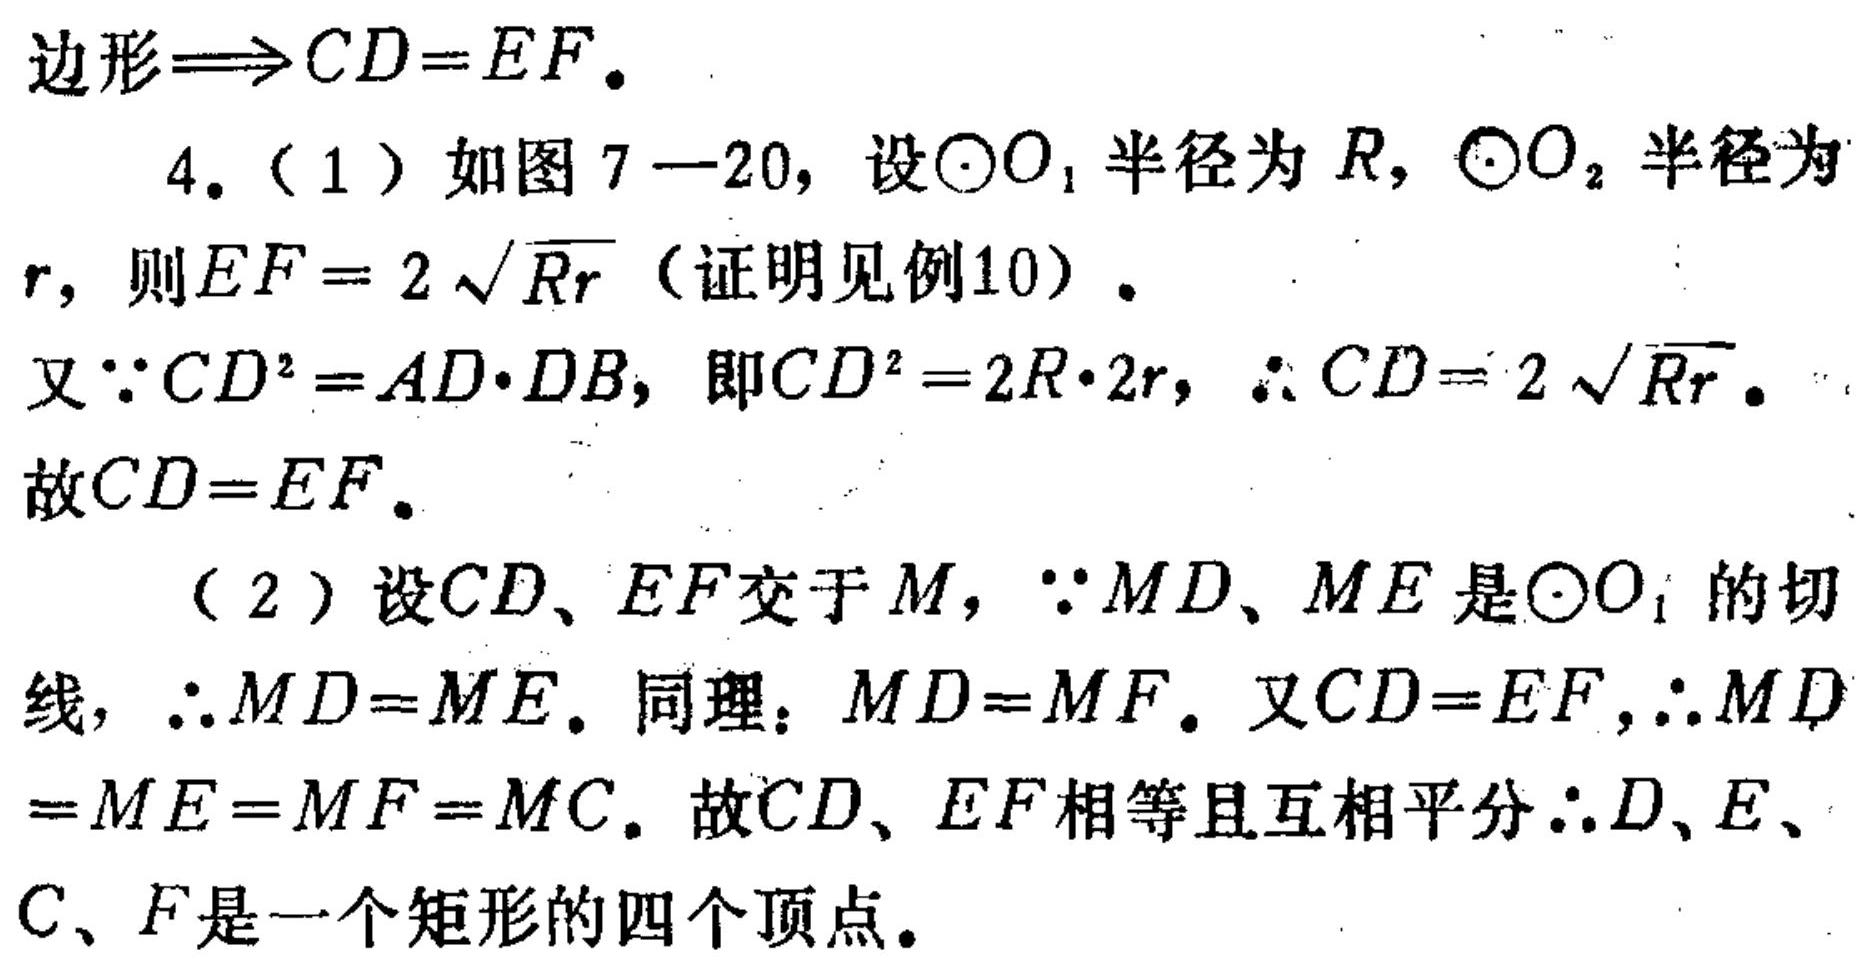
边形$\Longrightarrow CD = EF$.
4. (1) 如图7 - 20，设$\odot O_{1}$半径为$R$，$\odot O_{2}$半径为$r$，则$EF = 2\sqrt{Rr}$（证明见例10）.
又$\because CD^{2}=AD\cdot DB$，即$CD^{2}=2R\cdot 2r$，$\therefore CD = 2\sqrt{Rr}$.
故$CD = EF$.
(2) 设$CD$、$EF$交于$M$，$\because MD$、$ME$是$\odot O_{1}$的切线，$\therefore MD = ME$. 同理：$MD = MF$. 又$CD = EF$，$\therefore MD=ME = MF = MC$. 故$CD$、$EF$相等且互相平分$\therefore D$、$E$、$C$、$F$是一个矩形的四个顶点.